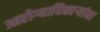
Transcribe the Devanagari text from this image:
आरोग्याधिकाऱ्यांना